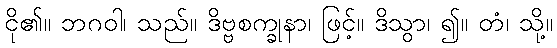
ငို၏။ ဘဂဝါ၊ သည်။ ဒိဗ္ဗစက္ခုနာ၊ ဖြင့်။ ဒိသွာ၊ ၍။ တံ၊ သို့။